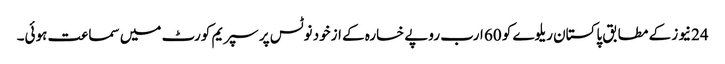
24نیوز کے مطابق پاکستان ریلوے کو 60 ارب روپے خسارہ کے ازخود نوٹس پر سپریم کورٹ میں سماعت ہوئی۔